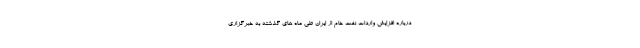
درباره افزایش واردات نفت خام از ایران طی ماه های گذشته به خبرگزاری